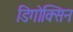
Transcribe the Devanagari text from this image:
डिगोक्सिन